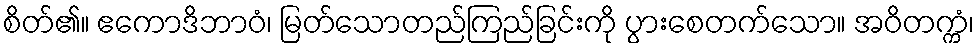
စိတ်၏။ ဧကောဒိဘာဝံ၊ မြတ်သောတည်ကြည်ခြင်းကို ပွားစေတက်သော။ အဝိတက္ကံ၊